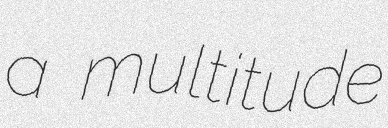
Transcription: a multitude